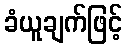
ခံယူချက်ဖြင့်